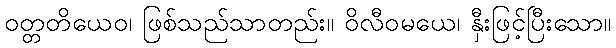
ဝတ္တတိယေဝ၊ ဖြစ်သည်သာတည်း။ ဝိလီဝမယေ၊ နှီးဖြင့်ပြီးသော။